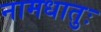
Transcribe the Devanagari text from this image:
नामधातुः